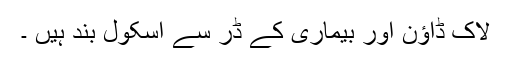
لاک ڈاؤن اور بیماری کے ڈر سے اسکول بند ہیں ۔